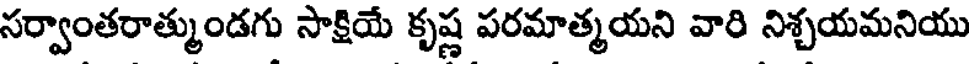
సర్వాంతరాత్ముండగు సాక్షియే కృష్ణ పరమాత్మయని వారి నిశ్చయమనియు